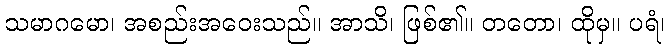
သမာဂမော၊ အစည်းအဝေးသည်။ အာသိ၊ ဖြစ်၏။ တတော၊ ထိုမှ။ ပရံ၊